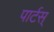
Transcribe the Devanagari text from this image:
पार्टस्